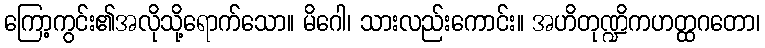
ကြော့ကွင်း၏အလိုသို့ရောက်သော။ မိဂေါ၊ သားလည်းကောင်း။ အဟိတုဏ္ဍိကဟတ္ထဂတော၊